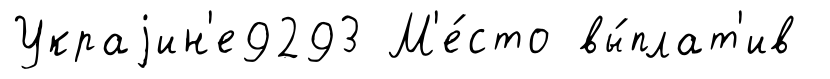
Украjин'е9293 М'е́сто вы́плат'ив